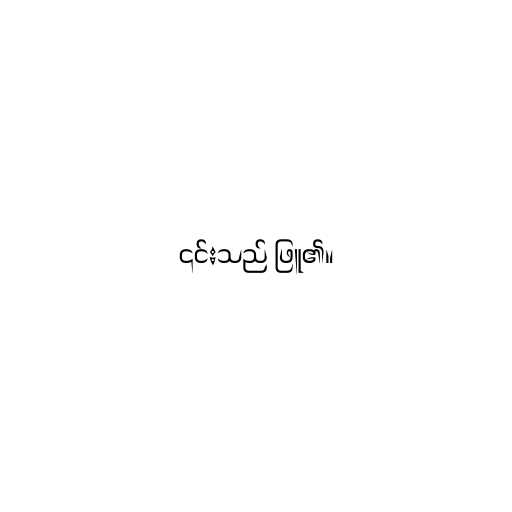
၎င်းသည် ဖြူ၏။